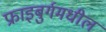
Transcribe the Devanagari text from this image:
फ्राइबुर्गमधील